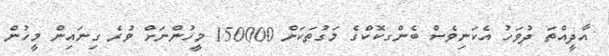
އާދީއްތަ ދުވަހު އެކަނިވެސް ބެންގކޮކްގެ މަގުތަކަށް 150000 މީހުންނަށް ވުރެ ގިނައިން މީހުން